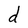
Character: d